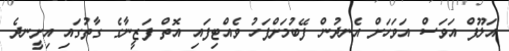
އަލޫފް އަވަސް އަވަހަށް އެނދުން ފޭބުމަށްފަހު ވެއްޓިފައި އޮތް ފަޒީނާގެ ގާތުގައި އިށީނދެ